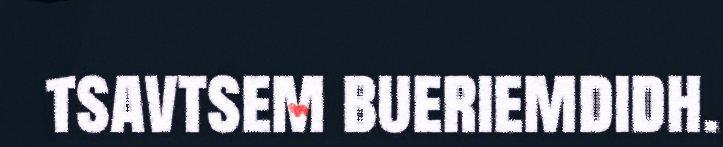
tsavtsem bueriemdidh.